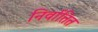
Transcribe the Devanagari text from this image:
निर्वातित